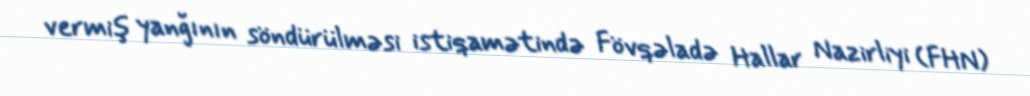
vermiş yanğının söndürülməsi istiqamətində Fövqəladə Hallar Nazirliyi (FHN)